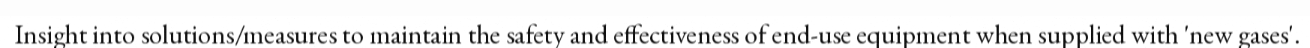
Insight into solutions/measures to maintain the safety and effectiveness of end-use equipment when supplied with 'new gases'.